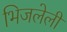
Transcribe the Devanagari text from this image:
भिजलेली